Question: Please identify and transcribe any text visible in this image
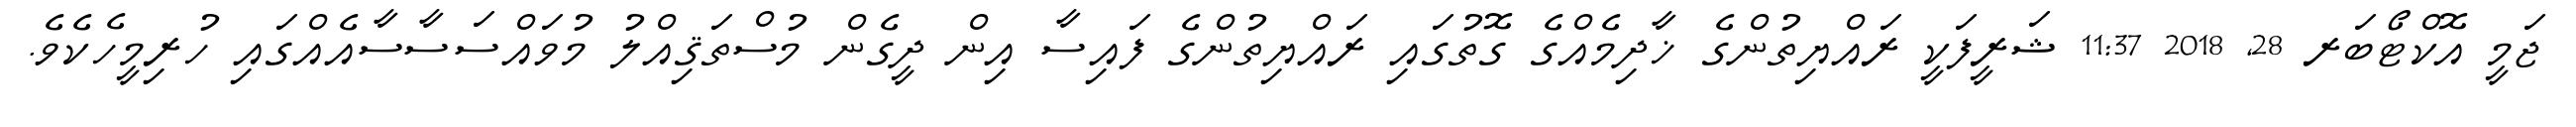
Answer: ޖަމީ އޮކްޓޯބަރ 28, 2018 11:37 ޝަރީފަކީ ރައްޔިތުންގެ ޚާދިމެއްގެ ގޮތުގައި ރައްޔިތުންގެ ފައިސާ އިން ދީގެން މުސްތަޤިއްލު މުވައްސަސާސާއެއްގައި ހުރިމީހެކެވެ.